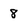
Character: 8